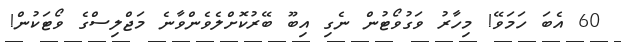
60 އެބަ ހަމަވޭ! މިހާރު ވަގުވޯޓުން ނެގި އިބޫ ބޭރުކޮށްލެވެންވާނެ މަޖްލިސްގެ ވޯޓަކުން!